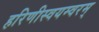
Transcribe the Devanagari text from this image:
हरिणीस्वयम्वरम्